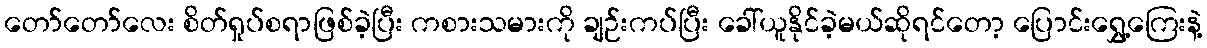
တော်တော်လေး စိတ်ရှုပ်စရာဖြစ်ခဲ့ပြီး ကစားသမားကို ချဉ်းကပ်ပြီး ခေါ်ယူနိုင်ခဲ့မယ်ဆိုရင်တော့ ပြောင်းရွှေ့ကြေးနဲ့